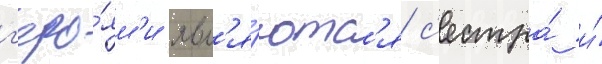
г'еро́ям'и явл'я́ютс'я с'естра́ и́